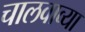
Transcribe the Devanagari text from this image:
चालवाव्या